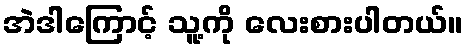
အဲဒါကြောင့် သူ့ကို လေးစားပါတယ်။